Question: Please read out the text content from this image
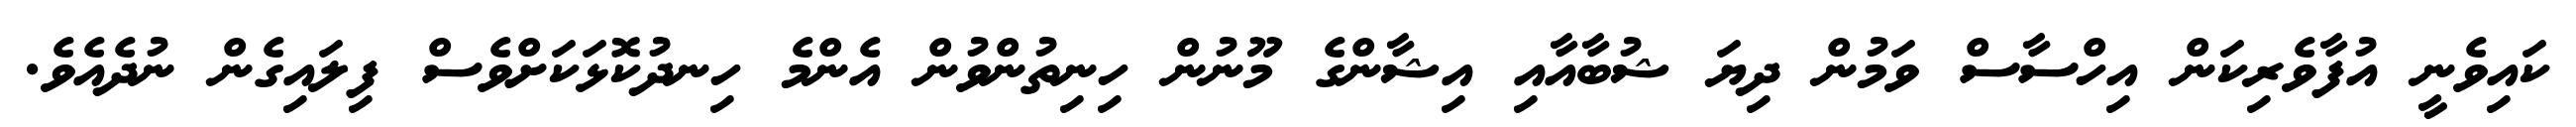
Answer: ކައިވެނީ އުފާވެރިކަން އިހްސާސް ވަމުން ދިޔަ ޝުބާއާއި އިޝާންގެ މޫނުން ހިނިތުންވުން އެންމެ ހިނދުކޮޅަކަށްވެސް ފިލައިގެން ނުދެއެވެ.